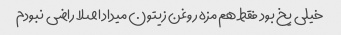
خیلی یخ بود فقط هم مزه روغن زیتون میداد اصلا راضی نبودم